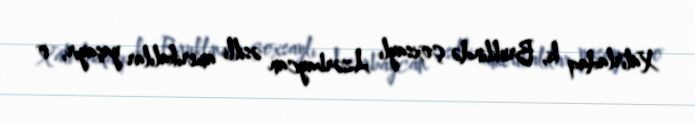
Xatırladaq ki, Bruklində çoxsaylı Azərbaycan əsilli amerikalılar yaşayır, o